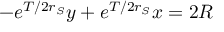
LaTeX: - e ^ { T / 2 r _ { S } } y + e ^ { T / 2 r _ { S } } x = 2 R